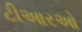
ટીઆરઓ